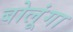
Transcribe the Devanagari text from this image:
बोलूंगा